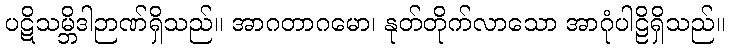
ပဋိသမ္ဘိဒါဉာဏ်ရှိသည်။ အာဂတာဂမော၊ နုတ်တိုက်လာသော အာဂုံပါဠိရှိသည်။